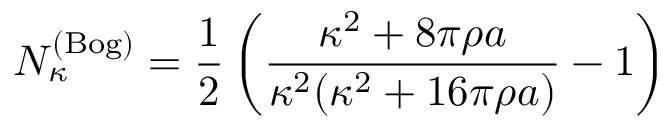
N _ { \kappa } ^ { ( \mathrm { B o g } ) } = \frac 1 2 \left( \frac { \kappa ^ { 2 } + 8 \pi \rho a } { \kappa ^ { 2 } ( \kappa ^ { 2 } + 1 6 \pi \rho a ) } - 1 \right)